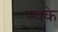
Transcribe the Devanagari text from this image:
स्वके